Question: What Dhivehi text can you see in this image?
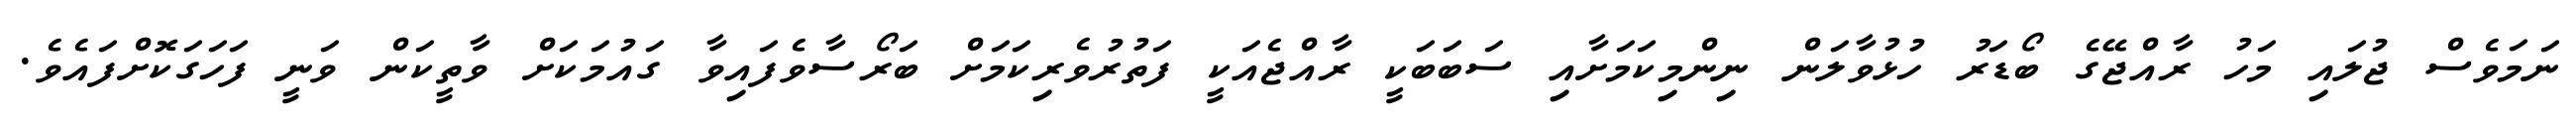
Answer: ނަމަވެސް ޖުލައި މަހު ރާއްޖޭގެ ބޯޑަރު ހުޅުވާލަން ނިންމިކަމަށާއި ސަބަބަކީ ރާއްޖެއަކީ ފަތުރުވެރިކަމަށް ބަރޯސާވެފައިވާ ގައުމަކަށް ވާތީކަން ވަނީ ފަހަގަކޮށްފައެވެ.